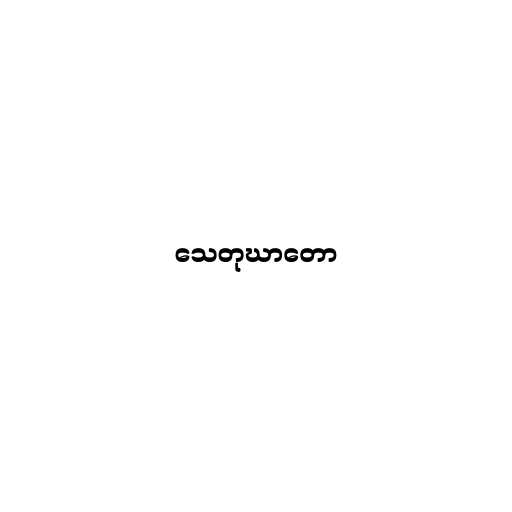
သေတုဃာတော